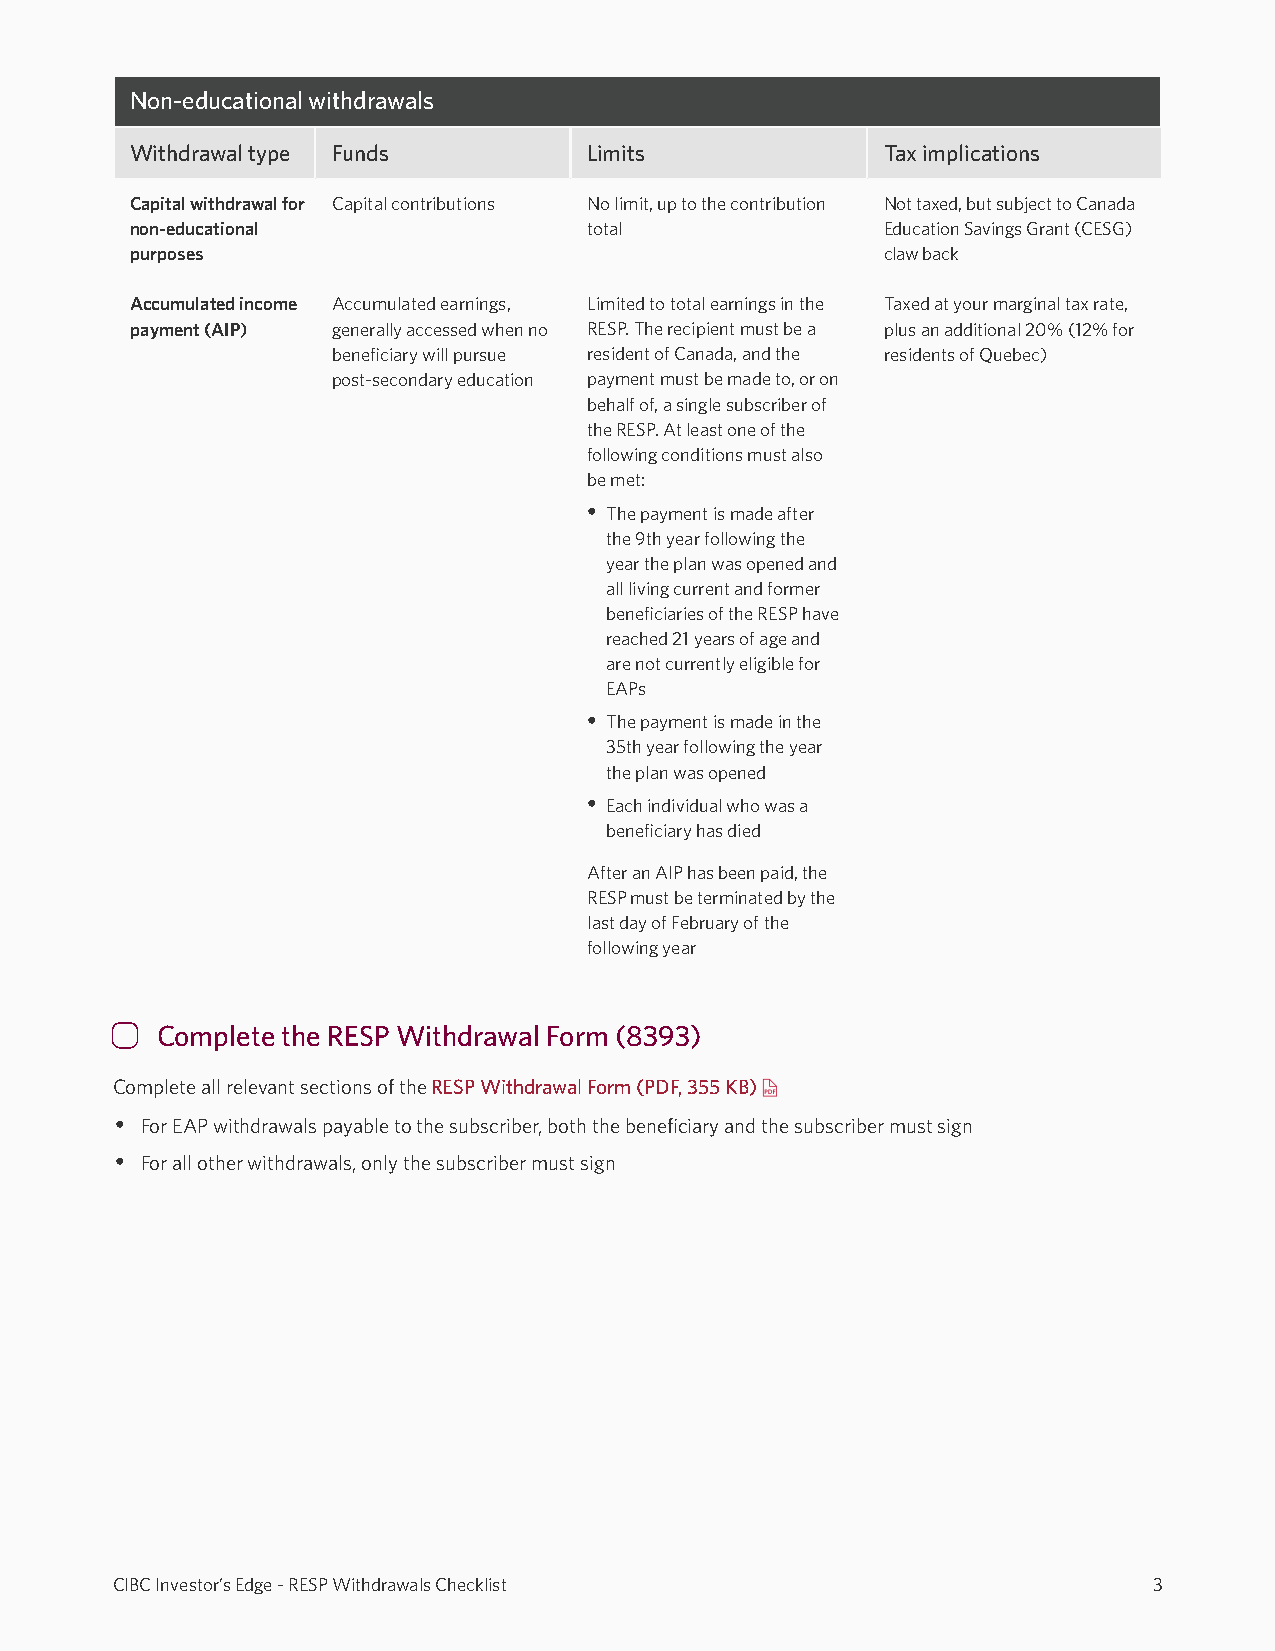
Non-educational withdrawals
 Withdrawal type Funds         Limits              Tax implications
 Capital withdrawal for Capital contributions No limit, up to the contribution Not taxed, but subject to Canada
 non-educational               total               Education Savings Grant (CESG)
 purposes                                          claw back
 Accumulated income Accumulated earnings, Limited to total earnings in the Taxed at your marginal tax rate,
 payment (AIP) generally accessed when no RESP. The recipient must be a plus an additional 20% (12% for
 benefciary will pursue resident of Canada, and the residents of Quebec)
 post-secondary education payment must be made to, or on
 behalf of, a single subscriber of
 the RESP. At least one of the
 following conditions must also
 be met:
 • The payment is made after
 the 9th year following the
 year the plan was opened and
 all living current and former
 benefciaries of the RESP have
 reached 21 years of age and
 are not currently eligible for
 EAPs
 • The payment is made in the
 35th year following the year
 the plan was opened
 • Each individual who was a
 benefciary has died
 After an AIP has been paid, the
 RESP must be terminated by the
 last day of February of the
 following year
 Complete the RESP Withdrawal Form (8393)
 Complete all relevant sections of the RESP Withdrawal Form (PDF, 355 KB)
 • For EAP withdrawals payable to the subscriber, both the benefciary and the subscriber must sign
 • For all other withdrawals, only the subscriber must sign
 CIBC Investor’s Edge - RESP Withdrawals Checklist                    3